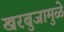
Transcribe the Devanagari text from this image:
खरबुजामुळे